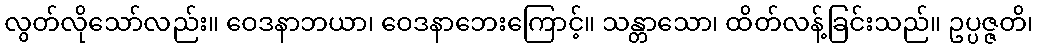
လွတ်လိုသော်လည်း။ ဝေဒနာဘယာ၊ ဝေဒနာဘေးကြောင့်။ သန္တာသော၊ ထိတ်လန့်ခြင်းသည်။ ဥပ္ပဇ္ဇတိ၊